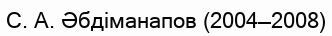
С. А. Әбдіманапов (2004—2008)